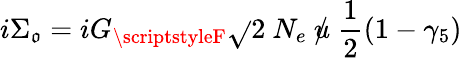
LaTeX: i\Sigma_{\mathfrak{o}}=iG_{\scriptstyleF}\sqrt{}{{2}}~N_{e}~\rlap/u~\frac{{1}}{{2}}(1-\gamma_{5})~